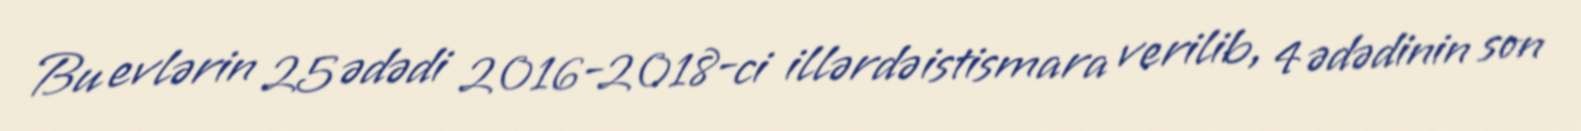
Bu evlərin 25 ədədi 2016-2018-ci illərdə istismara verilib, 4 ədədinin son